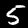
Digit: 5